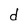
Character: d